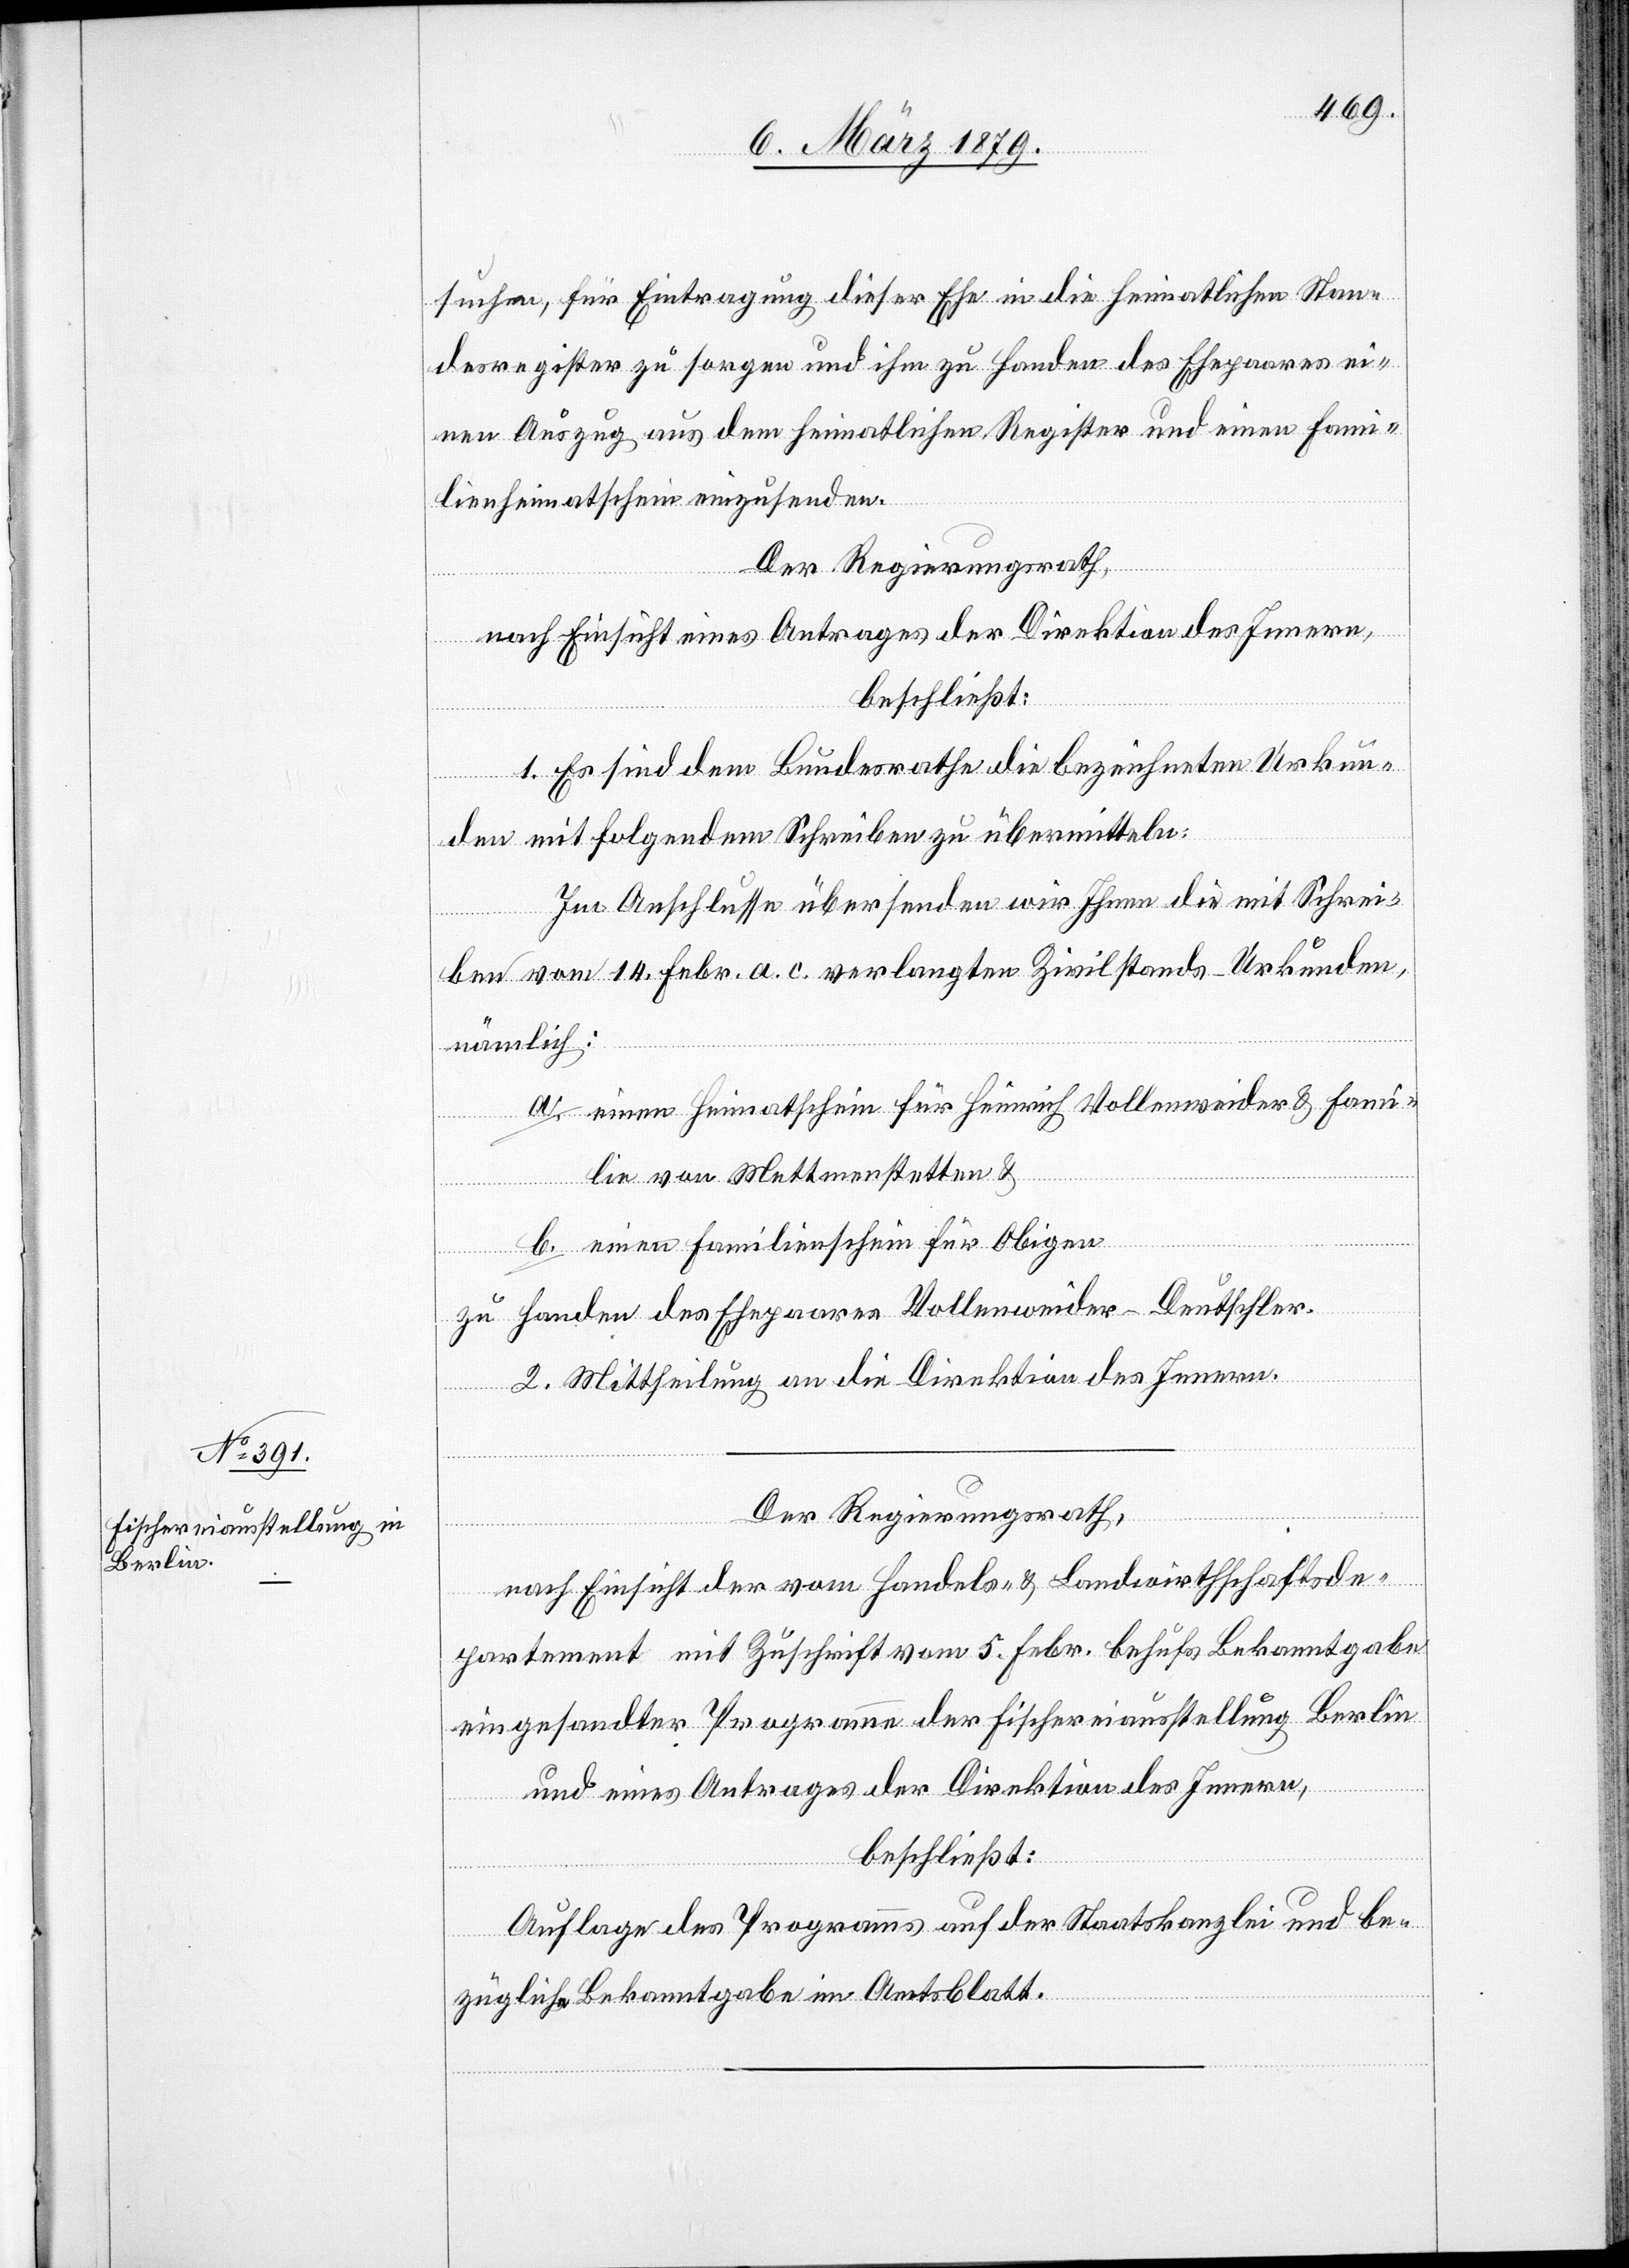
suchen, für Eintragung dieser Ehe in die heimatlichen Stan¬
desregister zu sorgen und ihm zu Handen des Ehepaares ei¬
nen Auszug aus dem heimatlichen Register und einen Fami¬
lienheimatschein einzusenden.
Der Regierungsrath,
nach Einsicht eines Antrages der Direktion des Innern,
beschließt:
1. Es sind dem Bundesrathe die bezeichneten Urkun¬
den mit folgendem Schreiben zu übermitteln:
Im Anschlusse übersenden wir Ihnen die mit Schrei¬
ben vom 14. Febr. a. c. verlangten Zivilstands-Urkunden,
nämlich:
a. einen Heimatschein für Heinrich Vollenweider & Fami¬
lie von Mettmenstetten &
b. einen Familienschein für Obigen
zu Handen des Ehepaares Vollenweider-Deutschler.
2. Mittheilung an die Direktion des Innern.
Der Regierungsrath,
nach Einsicht der vom Handels- & Landwirthschaftsde¬
partement mit Zuschrift vom 5. Febr. behufs Bekanntgabe
eingesandter Programme der Fischereiausstellung Berlin
und eines Antrages der Direktion des Innern,
beschließt:
Auflage des Programms auf der Staatskanzlei und be¬
zügliche Bekanntgabe im Amtsblatt.